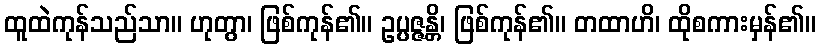
ထူထဲကုန်သည်သာ။ ဟုတွာ၊ ဖြစ်ကုန်၏။ ဥပ္ပဇ္ဇန္တိ၊ ဖြစ်ကုန်၏။ တထာဟိ၊ ထိုစကားမှန်၏။